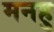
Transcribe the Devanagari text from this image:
मनहु